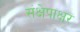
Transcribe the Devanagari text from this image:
संक्षेपाक्षर